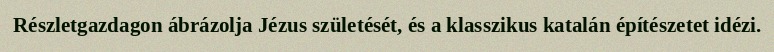
Részletgazdagon ábrázolja Jézus születését, és a klasszikus katalán építészetet idézi.